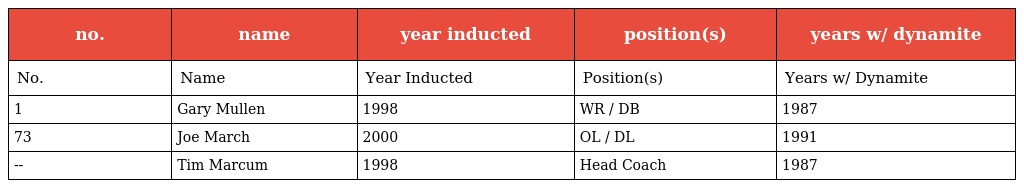
| no. | name | year inducted | position(s) | years w/ dynamite |
 | --- | --- | --- | --- | --- |
 | No. | Name | Year Inducted | Position(s) | Years w/ Dynamite |
 | 1 | Gary Mullen | 1998 | WR / DB | 1987 |
 | 73 | Joe March | 2000 | OL / DL | 1991 |
 | -- | Tim Marcum | 1998 | Head Coach | 1987 |